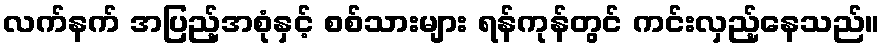
လက်နက် အပြည့်အစုံနှင့် စစ်သားများ ရန်ကုန်တွင် ကင်းလှည့်နေသည်။